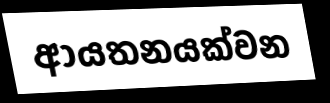
ආයතනයක්වන